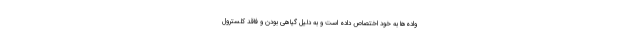
واده‌ها به خود اختصاص داده است و به دلیل گیاهی بودن و فاقد کلسترول